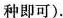
种即可).